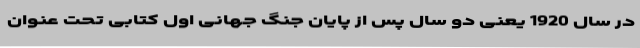
در سال 1920 یعنی دو سال پس از پایان جنگ جهانی اول کتابی تحت عنوان